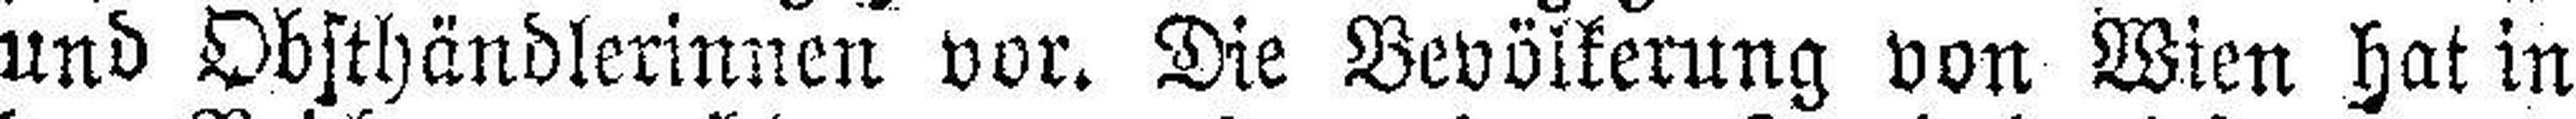
und Obsthändlerinnen vor. Die Bevölkerung von Wien hat in